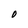
Character: O